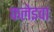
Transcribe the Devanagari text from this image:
फलेइवा